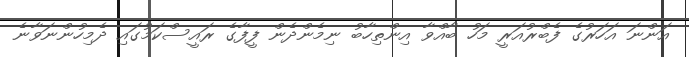
އަންނަ އަހަރުގެ ފެބްރުއަރީ މަހު ބާއްވާ އިންތިހާބު ނިމެންދެން ފީފާގެ ރައީސްކަމުގައި ދެމިހުންނަވާނެ